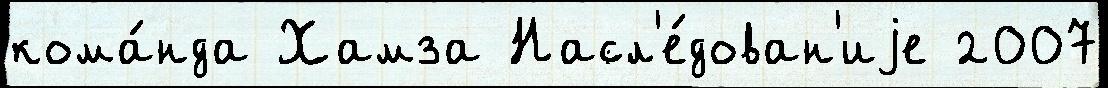
кома́нда Хамза Насл'е́дован'иjе 2007